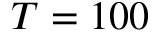
T = 1 0 0